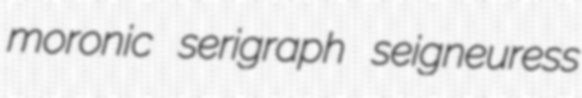
moronic serigraph seigneuress